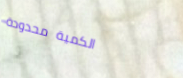
الكمية محدودة